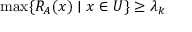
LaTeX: \operatorname* { m a x } \{ R _ { A } ( x ) \mid x \in U \} \geq \lambda _ { k }